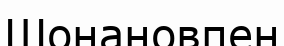
Шонановпен